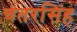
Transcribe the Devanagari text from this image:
चतरसिंह